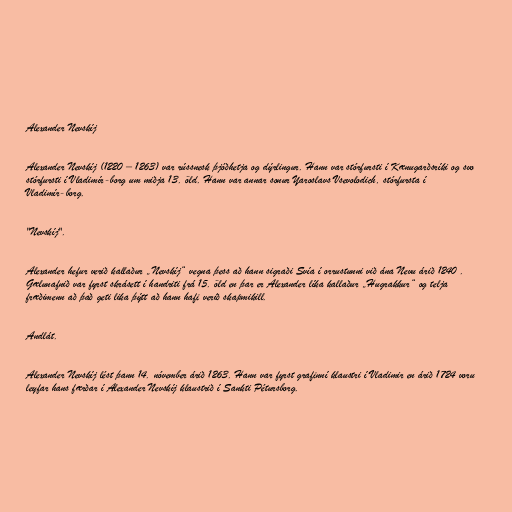
Alexander Nevskíj

Alexander Nevskíj (1220 – 1263) var rússnesk þjóðhetja og dýrlingur. Hann var stórfursti í Kænugarðsríki og svo
stórfursti í Vladimír-borg um miðja 13. öld. Hann var annar sonur Yaroslavs Vsevolodich, stórfursta í
Vladimír-borg.

"Nevskíj".

Alexander hefur verið kallaður „Nevskíj“ vegna þess að hann sigraði Svía í orrustunni við ána Nevu árið 1240 .
Gælunafnið var fyrst skrásett í handriti frá 15. öld en þar er Alexander líka kallaður „Hugrakkur“ og telja
fræðimenn að það geti lika þýtt að hann hafi verið skapmikill.

Andlát.

Alexander Nevskíj lést þann 14. nóvember árið 1263. Hann var fyrst grafinní klaustri í Vladimir en árið 1724 voru
leyfar hans færðar í Alexander Nevskíj klaustrið í Sankti Pétursborg.